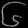
Digit: ၆